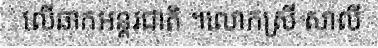
លើឆាកអន្តរជាតិ ។លោកស្រី សាលី